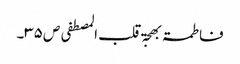
فاطمۃ بھجۃ قلب المصطفی ص ۳۵۔